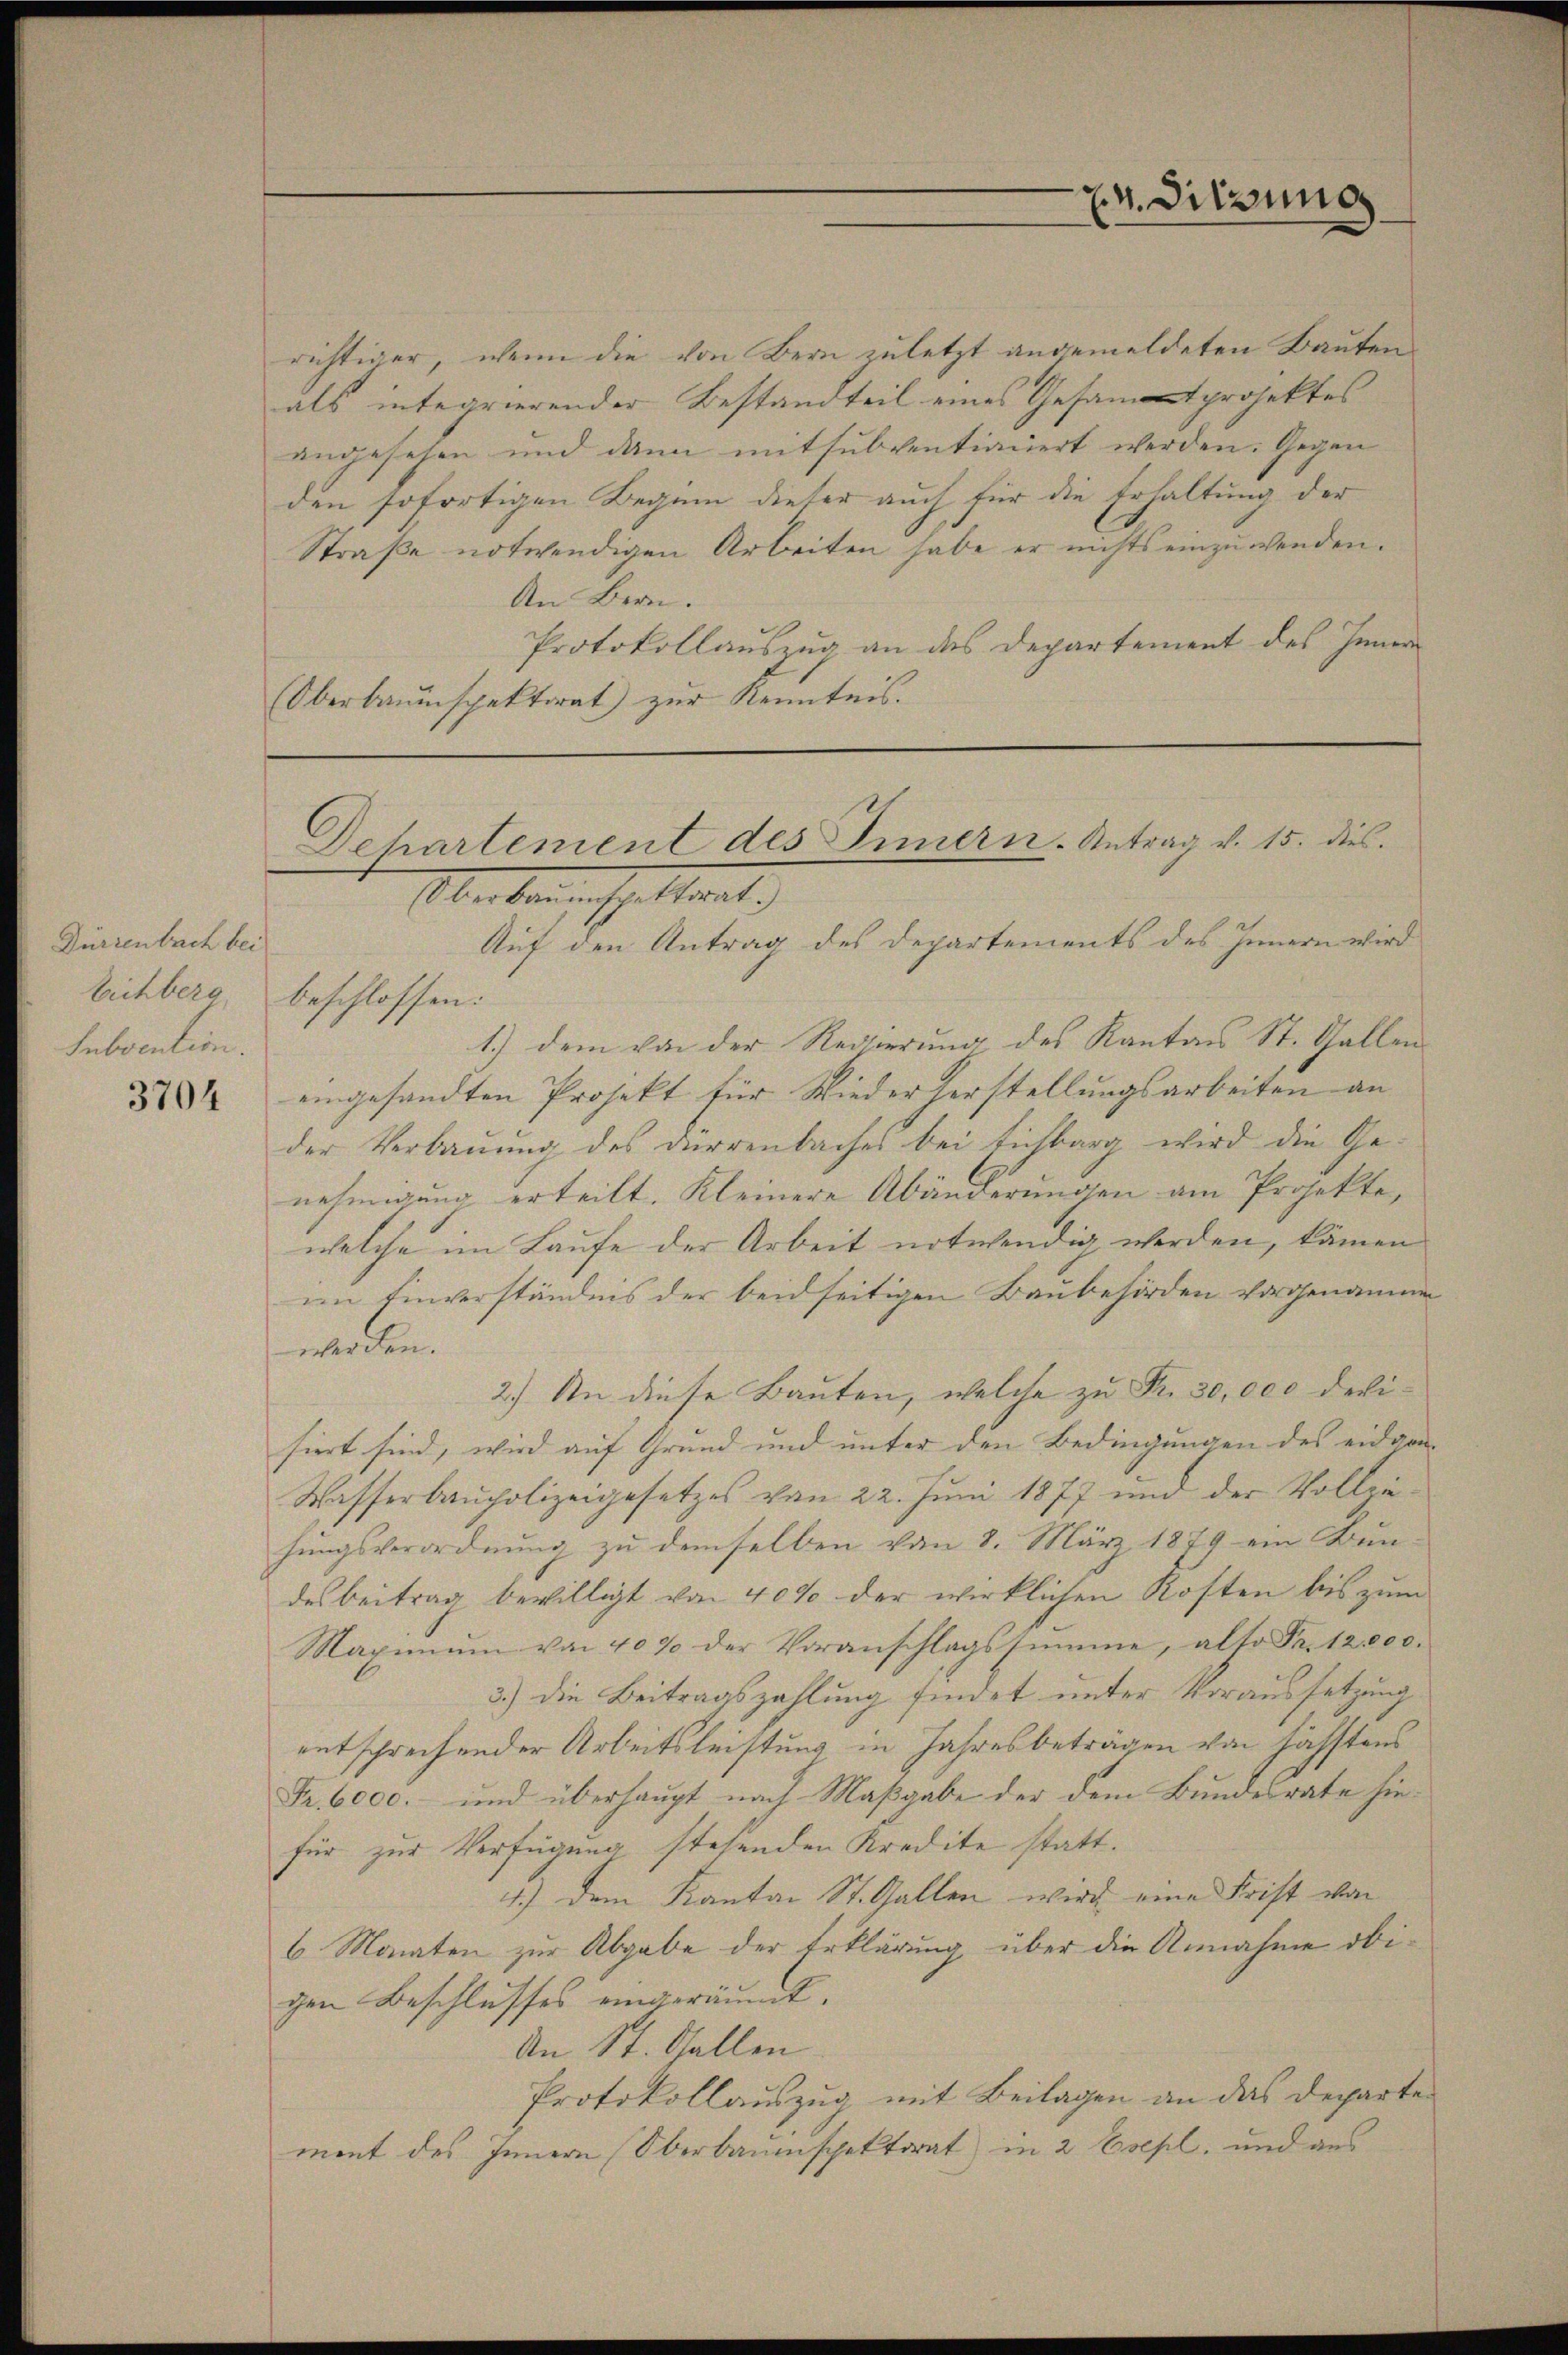
Dürzenbach bei
Eichberg,
Subvention.

3704

richtiger, wenn die von Bern zuletzt angemeldeten Bauten
als integrierender Bestandteil eines Gesamtprojektes
angesehen und dann mitsubventioniert werden. Gegen
den sofortigen Beginn dieser auch für die Erhaltung der
Straße notwendigen Arbeiten habe er nichts einzuwenden.
An Bern.
Protokollauszug an das Departement des Inner
Oberbauinspektorat zŭr Kenntnis.

24. Diessungs

Dehartement des Innern. Antrag v. 15. dies
Oberben, es haltenet.)

Auf den Antrag des Departements des Innern wird
beschlossen:
1.) dem von der Regierung des Kantons St. Gallen
eingesandten Projekt für Wiederherstellungsarbeiten an
der Verbauung des Dürrenbaches bei tichbarg wird die Ge-
nehmigung erteilt. Kleinere Abänderungen am Projekte,
welche im Laufe der Arbeit notwendig werden, kämen
im Einverständnis der beidseitigen Baubehörden vorgenommen
werden.
2.) An diese Bauten, welche zu Fr. 30,000 devisiert sind, wird auf Grund und unter den Bedingungen des eidgen-
Wasserbaupolizeigesetzes von 22. Jŭni 1877 und der Vollzie-
hungsverordnung zu demselben von 8. März 1879 ein Bun-
desbeitrag bewilligt von 40% der wirklichen Kosten bis zŭm
Maximum von 40% der Voranschlagssumme, alte Fr. 12,000.
3.) Die Beitragszahlung findet unter Voraussetzung
entsprechender Arbeitsleistung, in Jahresbeträgen von höchstens
Fr. 6000.- und überhaupt nach Maßgabe der dem Bundesrate hiefür zur Verfügung stehenden Kredite statt.
4.) Dem Kanton St. Gallen wird eine Frist von
6 Monaten zur Abgabe der Erklärung über die Annahme obigen Beschlusses eingeräumt.
An St. Gallen
Protokollauszug mit Beilagen an das Departe
ment des Innern (Oberbauenspektorat in 2 Esepl, und aus